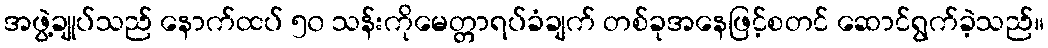
အဖွဲ့ချုပ်သည် နောက်ထပ် ၅၀ သန်းကိုမေတ္တာရပ်ခံချက် တစ်ခုအနေဖြင့်စတင် ဆောင်ရွက်ခဲ့သည်။